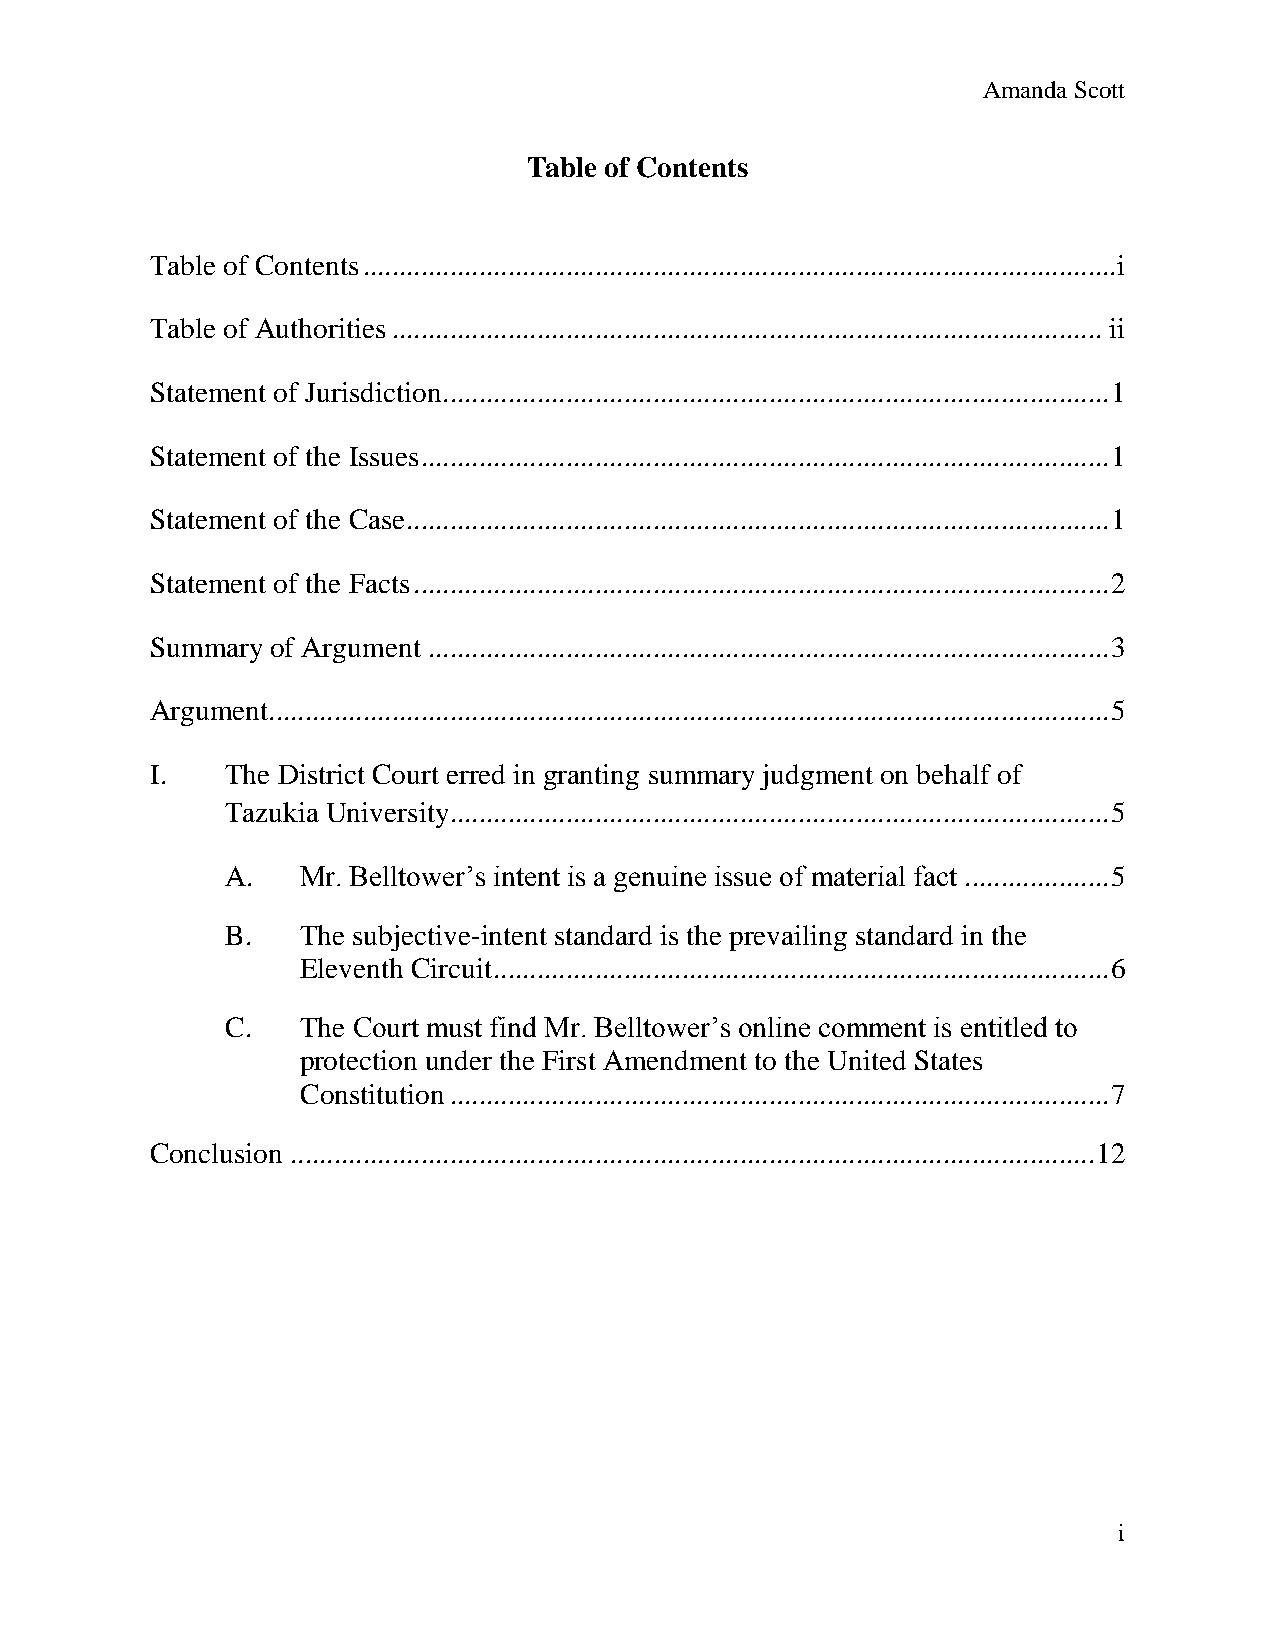
Amanda Scott
 Table of Contents
 Table of Contents ........................................................................................................ i
 Table of Authorities .................................................................................................. ii
 Statement of Jurisdiction ............................................................................................ 1
 Statement of the Issues ............................................................................................... 1
 Statement of the Case ................................................................................................. 1
 Statement of the Facts ................................................................................................ 2
 Summary of Argument .............................................................................................. 3
 Argument.................................................................................................................... 5
 I.   The District Court erred in granting summary judgment on behalf of
 Tazukia University ........................................................................................... 5
 A.   Mr. Belltower’s intent is a genuine issue of material fact .................... 5
 B.   The subjective-intent standard is the prevailing standard in the
 Eleventh Circuit ..................................................................................... 6
 C.   The Court must find Mr. Belltower’s online comment is entitled to
 protection under the First Amendment to the United States
 Constitution ........................................................................................... 7
 Conclusion ............................................................................................................... 12
 i